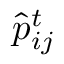
\hat { p } _ { i j } ^ { t }